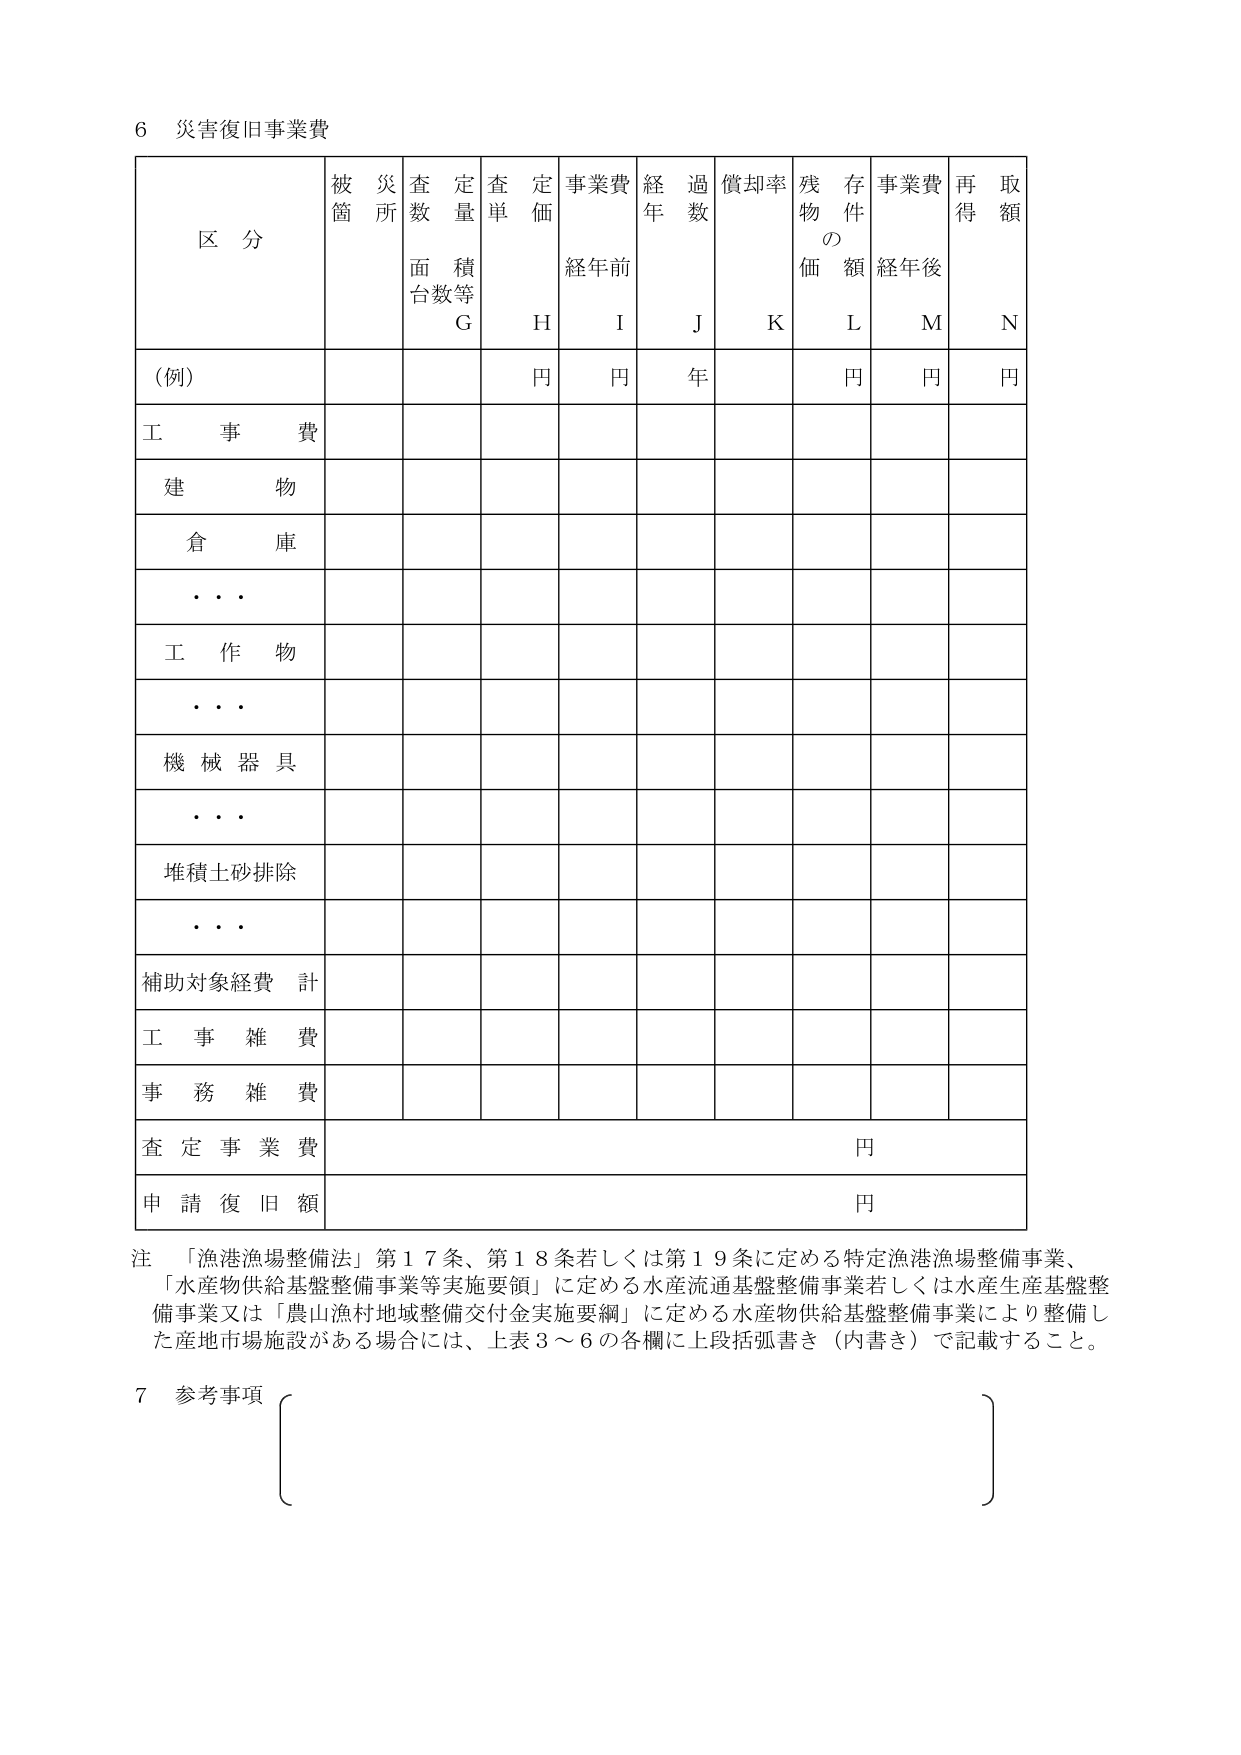
6 災害復旧事業費

区 分 被 災 所 查 数 定 量 查 定 価 事業費 経 年 過 数 償却率 残 物 の 価 存 件 額 事業費 再 得 取 額
面 台数等 G H 経年前 I J K L 経年後 M N
(例) 円 円 年 円 円 円
工 事 費
建 物
倉 庫
・ ・ ・
工 作 物
・ ・ ・
機 械 器 具
・ ・ ・
堆積土砂排除
・ ・ ・
補助対象経費 計
工 事 雑 費
事 務 雑 費
査 定 事 業 費 円
申 請 復 旧 額 円

注 「漁港漁場整備法」第17条、第18条若しくは第19条に定める特定漁港漁場整備事業、
「水産物供給基盤整備事業等実施要領」に定める水産流通基盤整備事業若しくは水産生産基盤整備事業又は「農山漁村地域整備交付金実施要綱」に定める水産物供給基盤整備事業により整備した産地市場施設がある場合には、上表3～6の各欄に上段括弧書き（内書き）で記載すること。

7 参考事項
{ }